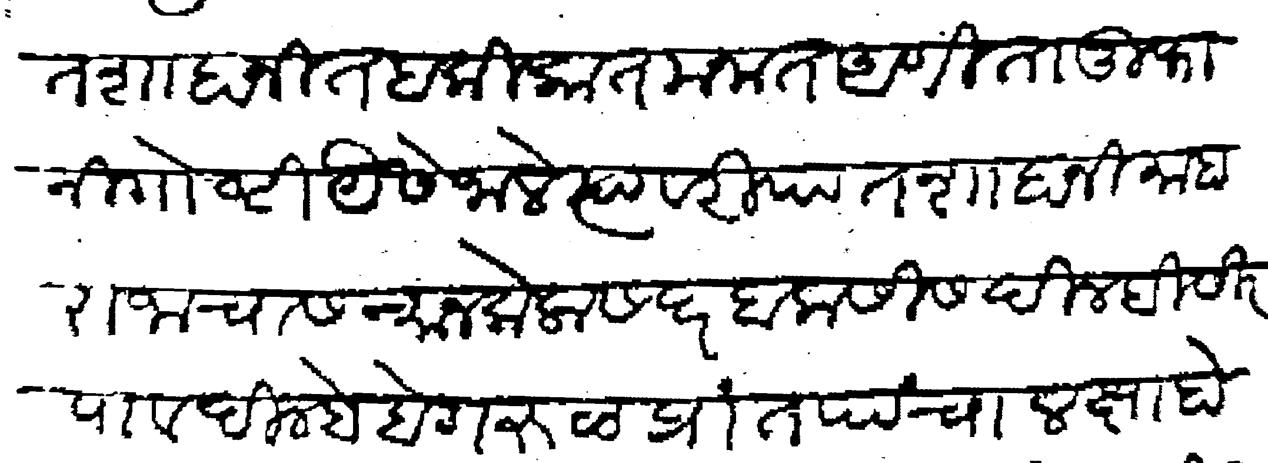
Transliteration (Devanagari): पातशाहानी तहकिकात मनात आणीता तुफानी गोष्टी यैसे जाले त्यावरी पातशाहानी माहाराजाचा सन्मान केला सदर बकसीस दिल्ही सीरपाव दिल्हे बेगरूळ प्रांत पांचा लक्षा होनाची